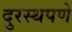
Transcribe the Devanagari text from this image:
दुरस्थपणे